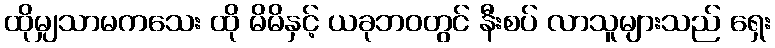
ထိုမျှသာမကသေး ထို မိမိနှင့် ယခုဘဝတွင် နီးစပ် လာသူများသည် ရှေး